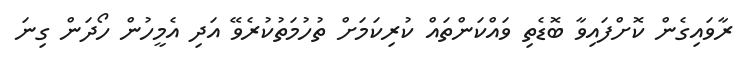
ރާވައިގެން ކޮށްފައިވާ ބޮޑެތި ވައްކަންތައް ކުރިކަމަށް ތުހުމަތުކުރެވޭ އަދި އެމީހުން ހޯދަން ގިނަ